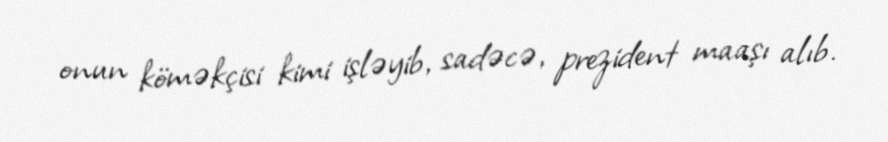
onun köməkçisi kimi işləyib, sadəcə, prezident maaşı alıb.